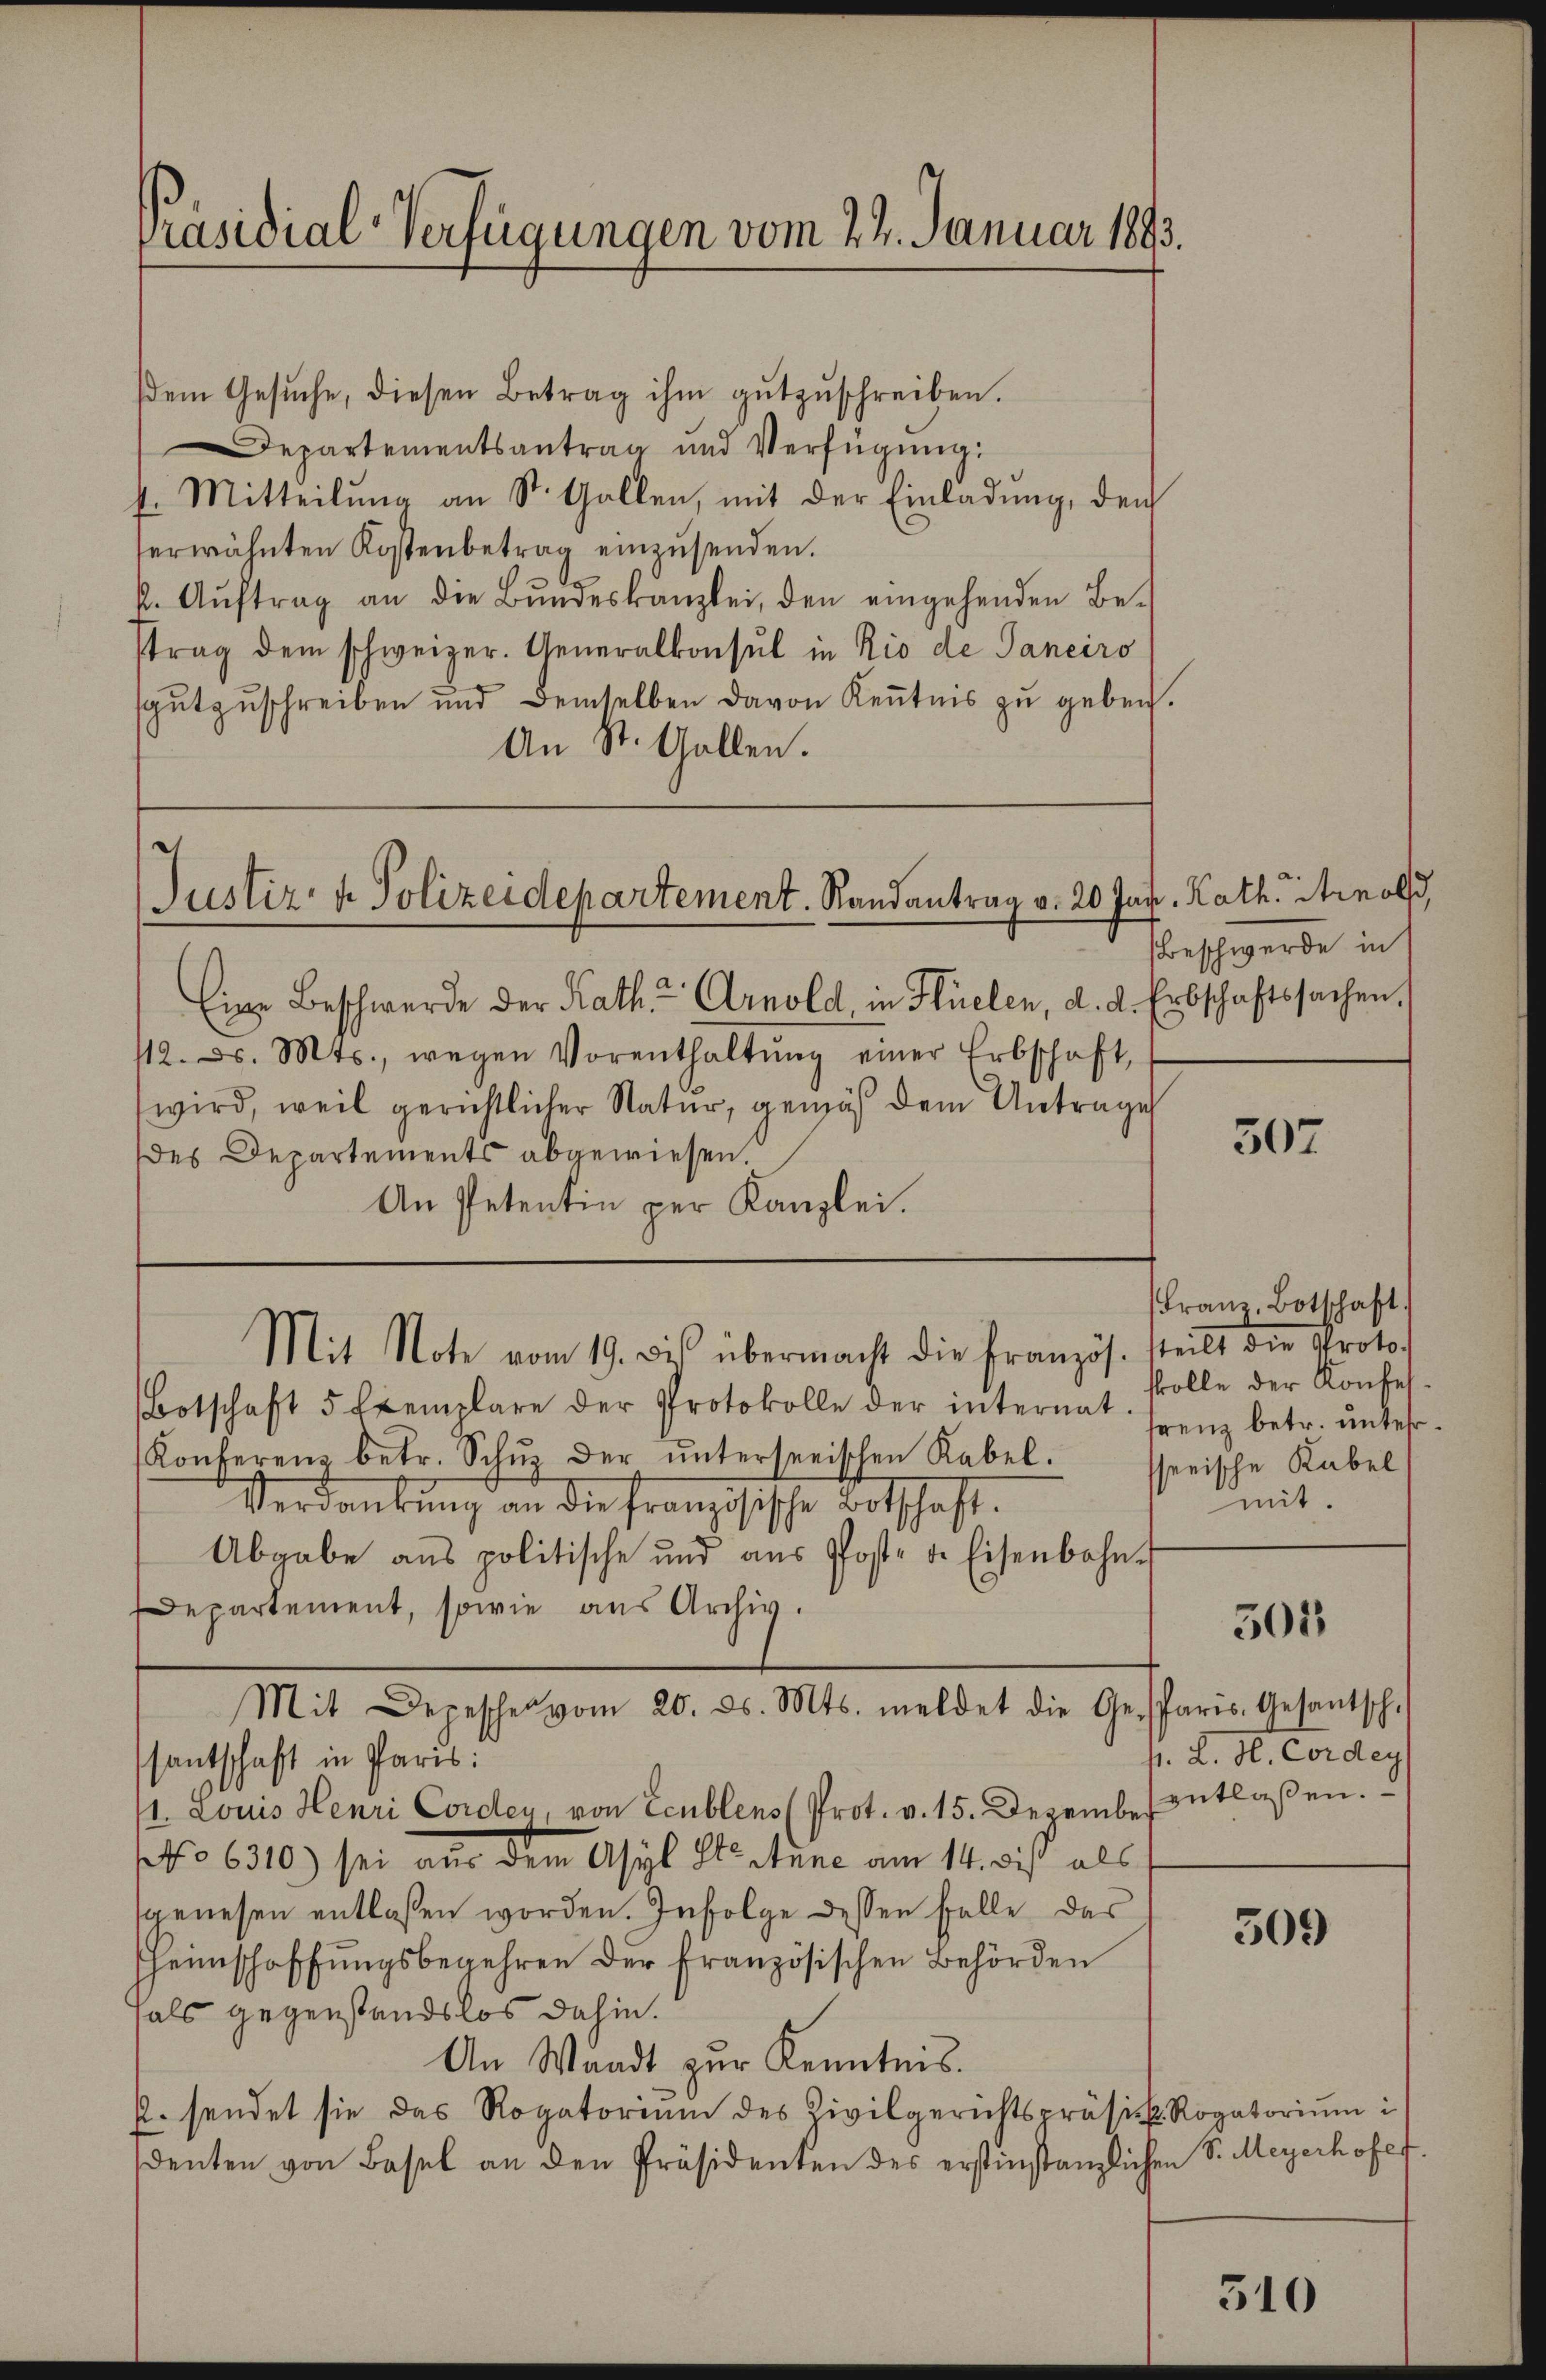
sdem Gesŭche, diesen Betrag ihm gŭtzŭschreiben.
Departementsantrag und Verfügŭng:
t. Mitteilŭng an St. Gallen, mit der Einladŭng, den
serwähnten Kostenbetrag einzŭsenden.
k. Aŭftrag an die Bŭndeskanzlei, den eingehenden Be-
trag dem schweizer. Generalkonsul in Rio de Janeiro
sgutzuschreiben und demselben davon Kenntnis zu geben.
An St. Gallen.

Präsidial-Verfügungen vom 24. Januar 1893.

Justiz- & Polizeidepartement. Randantrag v. 20 Jan. Kath. Arnold,

Mit Note vom 19. bis übermacht die Französ. steilt die Proto-

Eine Beschwerde der Kath. Arnold in Hüelen, d. d. Erbschaftssachen.
112. d. Mts., wegen Vorenthaltŭng einer Erbschaft,
wird, weil gerichtlicher Natur, gemäß dem Antrage
des Departements abgewiesen.
An Petentin per Kanzlei.

Botschaft 5 Exemplare der Protokolle der internat
Konferenz betr. Schŭz der ŭnterserischen Rabel.
Verdankung an die französische Botschaft.
Abgabe ans politische und aŭs Post- u. Eisenbahn-
Departement, sowie aus Archiv.
Mit Depescher vom 20. ds. Mts. meldet die Gesparis, Gesantsch.
santschaft in Paris:
1. Louis Henri Corden, von Ecublens Prot. v. 15. Dezember entlaßen.
(No 6310) sei aus dem Asyl Stertune am 14. di als
gewesen entlassen worden. Infolge dessen Falle das
heinschaffŭngsbegehren der französischen Behörden
fals gegenstandslos dahin.
An Waadt zur Kenntnis.
. sendet sie das Rogatorium des Zivilgerichtspräsik. Rogatorium i
denten von Basel an den Präsidenten des erstinstanzlichen S. Meyerhofer

Beschwerde in

507

Franz, Botschaft.
skolle der Konfesrenz betr. unterr
sserische Kabel
mit.

305

h. L. H. Cordey

309

510